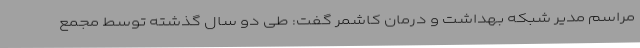
مراسم مدیر شبکه بهداشت و درمان کاشمر گفت: طی دو سال گذشته توسط مجمع